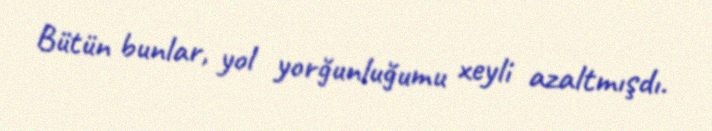
Bütün bunlar, yol yorğunluğumu xeyli azaltmışdı.